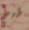
طبخ